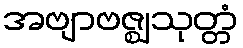
အဗျာဗဇ္ဈသုတ္တံ